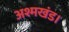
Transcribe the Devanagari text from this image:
अश्मखंड।